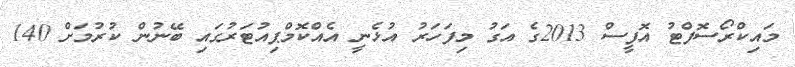
މައިކްރޯސޮފްޓު އޮފީސް 2013ގެ އަގު މިފަހަރު އުޅެނީ އެއްކޮމްޕިއުޓަރުގައި ބޭނުން ކުރުމަށް 140